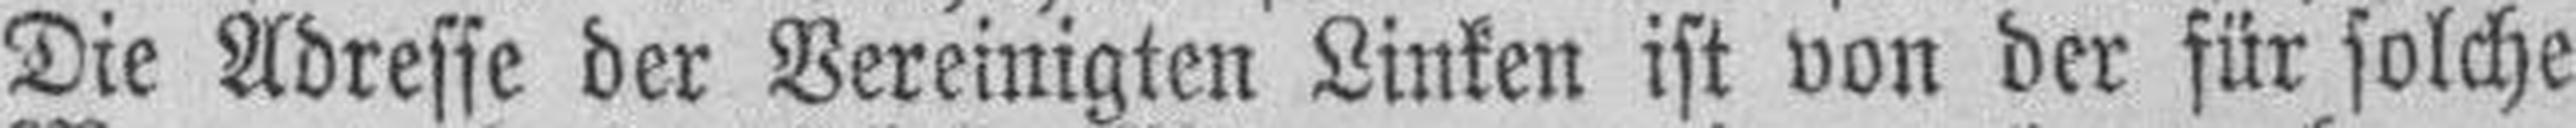
Die Adresse der Vereinigten Linken ist von der für solche